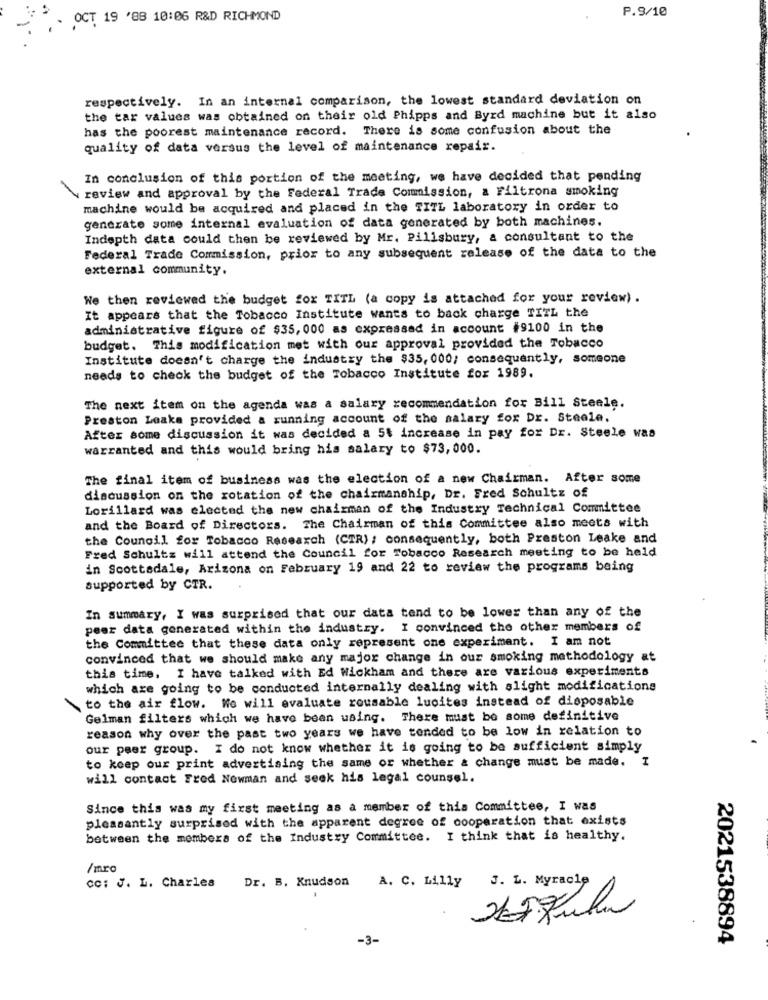
P.9/10
OCT 19 '88 10:06 R&D RICHMOND
respectively. In an internal comparison, the lowest standard deviation on
the tar values was obtained on their old Phipps and Byrd machine but it also
has the poorest maintenance record. There is some confusion about the
quality of data versus the level of maintenance repair.
In conclusion of this portion of the meeting, we have decided that pending
review and approval by the Federal Trade Commission, a Filtrona smoking
machine would be acquired and placed in the TITL laboratory in order to
generate some internal evaluation of data generated by both machines.
Indepth data could then be reviewed by Mr. Pillsbury, a consultant to the
Federal Trade Commission, prior to any subsequent release of the data to the
external community.
We then reviewed the budget fox TITL (a copy is attached for your review).
It appears that the Tobacco Institute wants to back charge TITL the
administrative figure of $35, 000 as expressed in account #9100 in the
budget. This modification met with our approval provided the Tobacco
Institute doesn't charge the industry the $35, 000; consequently, someone
needs to check the budget of the Tobacco Institute for 1989.
The next item on the agenda was a salary recommendation for Bill Steele.
Preston Leaks provided a running account of the salary fox Dr. Steele.
After some discussion it was decided a 5t increase in pay for Dr. Steele was
warranted and this would bring his salary to $73,000.
The final item of business was the election of a new Chairman. After some
discussion on the rotation of the chairmanship, Dr. Fred Schultz of
Lorillard was elected the new chairman of the Industry Technical Committee
and the Board of Directors. The Chairman of this Committee also meets with
the Council for Tobacco Research (CTR) : consequently, both Preston Leake and
Fred Schultz will attend the Council for Tobacco Research meeting to be held
in Scottsdale, Arizona on February 19 and 22 to review the programs being
supported by CTR.
In summary, I was surprised that our data tend to be lower than any of the
peer data generated within the industry. I convinced the other members of
the Committee that these data only represent one experiment. I am not
convinced that we should make any major change in our smoking methodology at
this time, I have talked with Ed Wickham and there are various experiments
which are going to be conducted internally dealing with slight modifications
to the air flow. We will evaluate reusable lucites instead of disposable
Gelman filters which we have been using. There must be some definitive
reason why over the past two years we have tended to be low in relation to
our peer group. I do not know whether it is going to be sufficient simply
to keep our print advertising the same or whether & change must be made. I
will contact Fred Newman and seek his legal counsel.
Since this was my first meeting as a member of this Committee, I was
pleasantly surprised with the apparent degree of cooperation that exists
between the members of the Industry Committee. I think that is healthy.
/mrc
CC: J. L. Charles
J. L. Myracle
Dr. B. Knudson
A. C. Lilly
-3-
2021538894